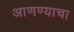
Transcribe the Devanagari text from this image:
अाणण्याचा